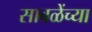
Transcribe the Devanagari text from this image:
साबळेंच्या